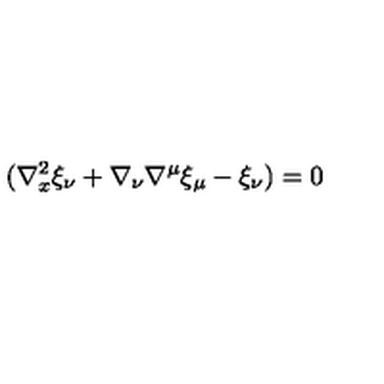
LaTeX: ( \nabla _ { x } ^ { 2 } \xi _ { \nu } + \nabla _ { \nu } \nabla ^ { \mu } \xi _ { \mu } - \xi _ { \nu } ) = 0